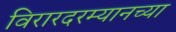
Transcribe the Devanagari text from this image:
विरारदरम्यानच्या